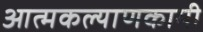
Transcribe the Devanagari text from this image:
आत्मकल्याणकामी